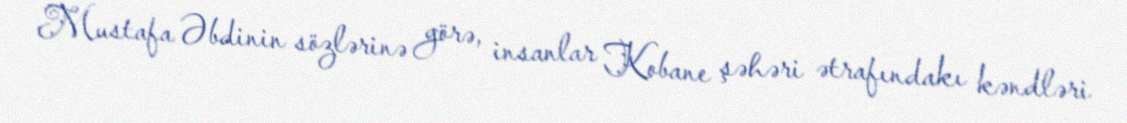
Mustafa Əbdinin sözlərinə görə, insanlar Kobane şəhəri ətrafındakı kəndləri